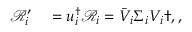
\begin{array} { r l } { \mathcal { R } _ { i } ^ { \prime } } & { { } = u _ { i } ^ { \dagger } \mathcal { R } _ { i } = \bar { V } _ { i } \Sigma _ { i } V _ { i } \dag , , } \end{array}